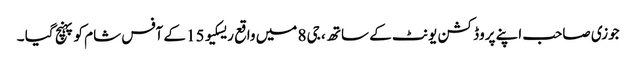
جوزی صاحب اپنے پروڈکشن یونٹ کے ساتھ ، جی 8 میں واقع ریسکیو 15 کے آفس شام کو پہنچ گیا ۔